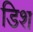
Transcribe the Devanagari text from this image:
डिश